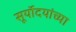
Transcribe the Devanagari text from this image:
सूर्योदयांच्या